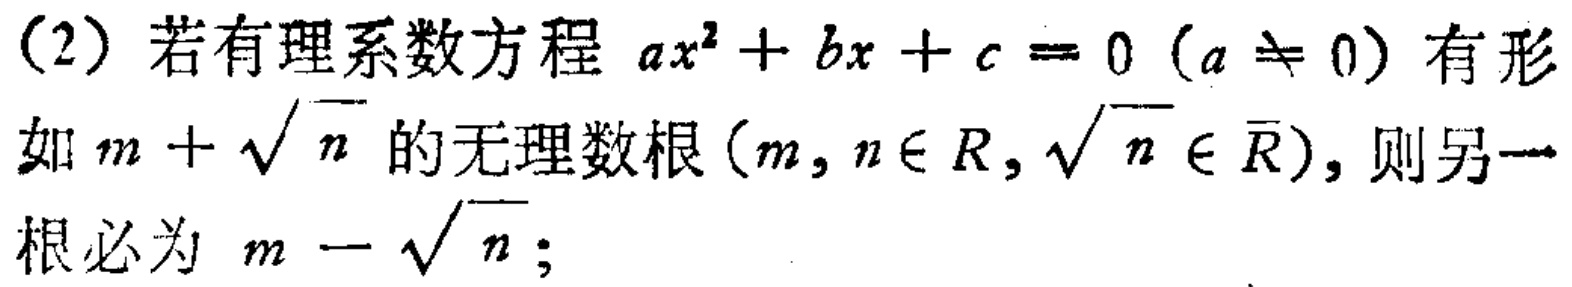
(2) 若有理系数方程 \(ax^{2}+bx + c = 0\ (a\neq 0)\) 有形如 \(m+\sqrt{n}\) 的无理数根 \((m,n\in R,\sqrt{n}\in \overline{R})\)，则另一根必为 \(m - \sqrt{n}\)；